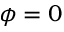
\phi = 0